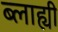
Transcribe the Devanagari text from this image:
ब्लाह्यी